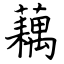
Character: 藕